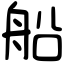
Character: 船